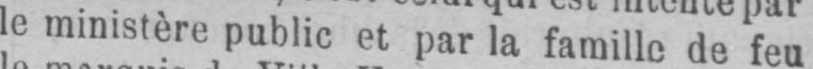
le ministère public et par la famille de feu